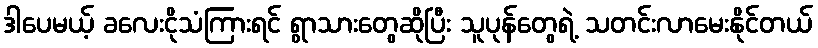
ဒါပေမယ့် ခလေးငိုသံကြားရင် ရွာသားတွေဆိုပြီး သူပုန်တွေရဲ့ သတင်းလာမေးနိုင်တယ်